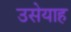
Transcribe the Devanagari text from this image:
उसेयाह